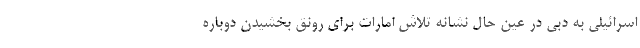
اسرائیلی به دبی در عین حال نشانه تلاش امارات برای رونق بخشیدن دوباره